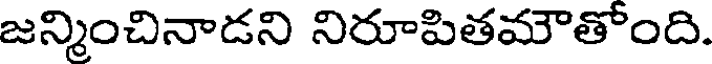
జన్మించినాడని నిరూపితమౌతోంది.